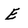
Character: E